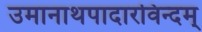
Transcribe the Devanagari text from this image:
उमानाथपादारविन्दम्